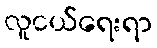
လူငယ်ရေးရာ